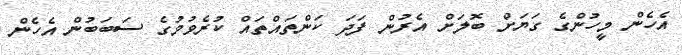
އެހެން މީހުންގެ ގަޔަށް ބޮލަށް އެރުން ފަދަ ކަންތައްތައް ކުރެވުމުގެ ސަބަބުން އެހެން